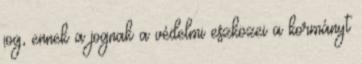
jog, ennek a jognak a védelmi eszközei a kormányt